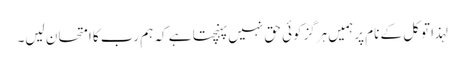
لہذا توکل کے نام پرہمیں ہرگزکوئی حق نہیں پہنچتا ہے کہ ہم رب کا امتحان لیں۔